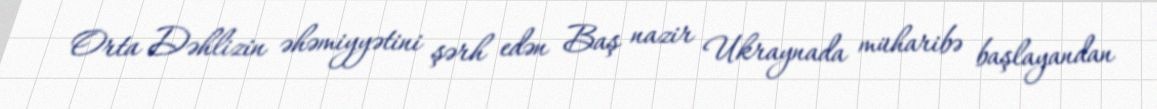
Orta Dəhlizin əhəmiyyətini şərh edən Baş nazir Ukraynada müharibə başlayandan